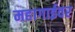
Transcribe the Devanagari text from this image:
महागाईवर